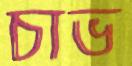
চাভ